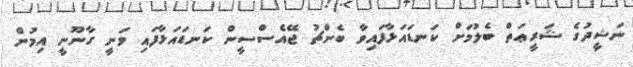
ނަޝީދުގެ ޝަރީޢަތް ބެލުމަށް ކަނޑައަޅާފައިވާ ބެންޗު ޖޭއެސްސީން ކަނޑައަޅާފައި ވަނީ ގާނޫނީ އިމުން